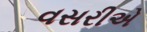
વસરીએ